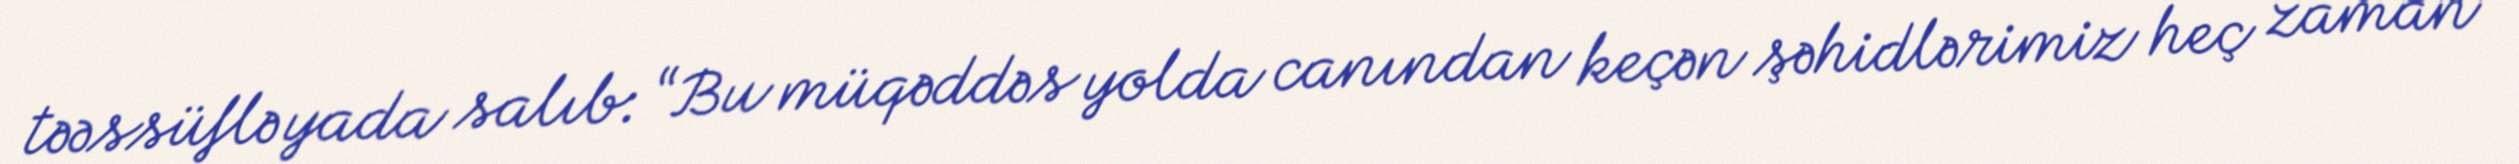
təəssüflə yada salıb: “Bu müqəddəs yolda canından keçən şəhidlərimiz heç zaman